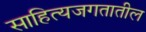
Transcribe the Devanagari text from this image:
साहित्यजगतातील